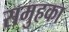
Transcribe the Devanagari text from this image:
समुहका